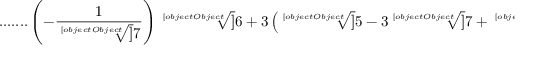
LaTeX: { \mathrm { . . . . . . . } } \left( - { \frac { 1 } { \sqrt [ [object Object] ] { 7 } } } \right) { \sqrt [ [object Object] ] { 6 + 3 \left( { \sqrt [ [object Object] ] { 5 - 3 { \sqrt [ [object Object] ] { 7 } } } } + { \sqrt [ [object Object] ] { 4 - 3 { \sqrt [ [object Object] ] { 7 } } } } \right) } }